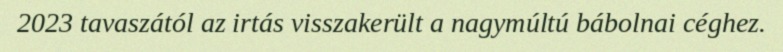
2023 tavaszától az irtás visszakerült a nagymúltú bábolnai céghez.